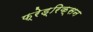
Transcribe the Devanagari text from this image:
फ्रेड्रिक्सन